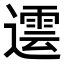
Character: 𨗠